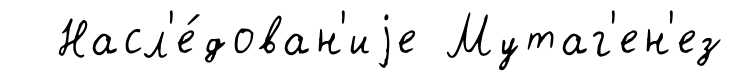
Насл'е́дован'иjе Мутаг'ен'ез